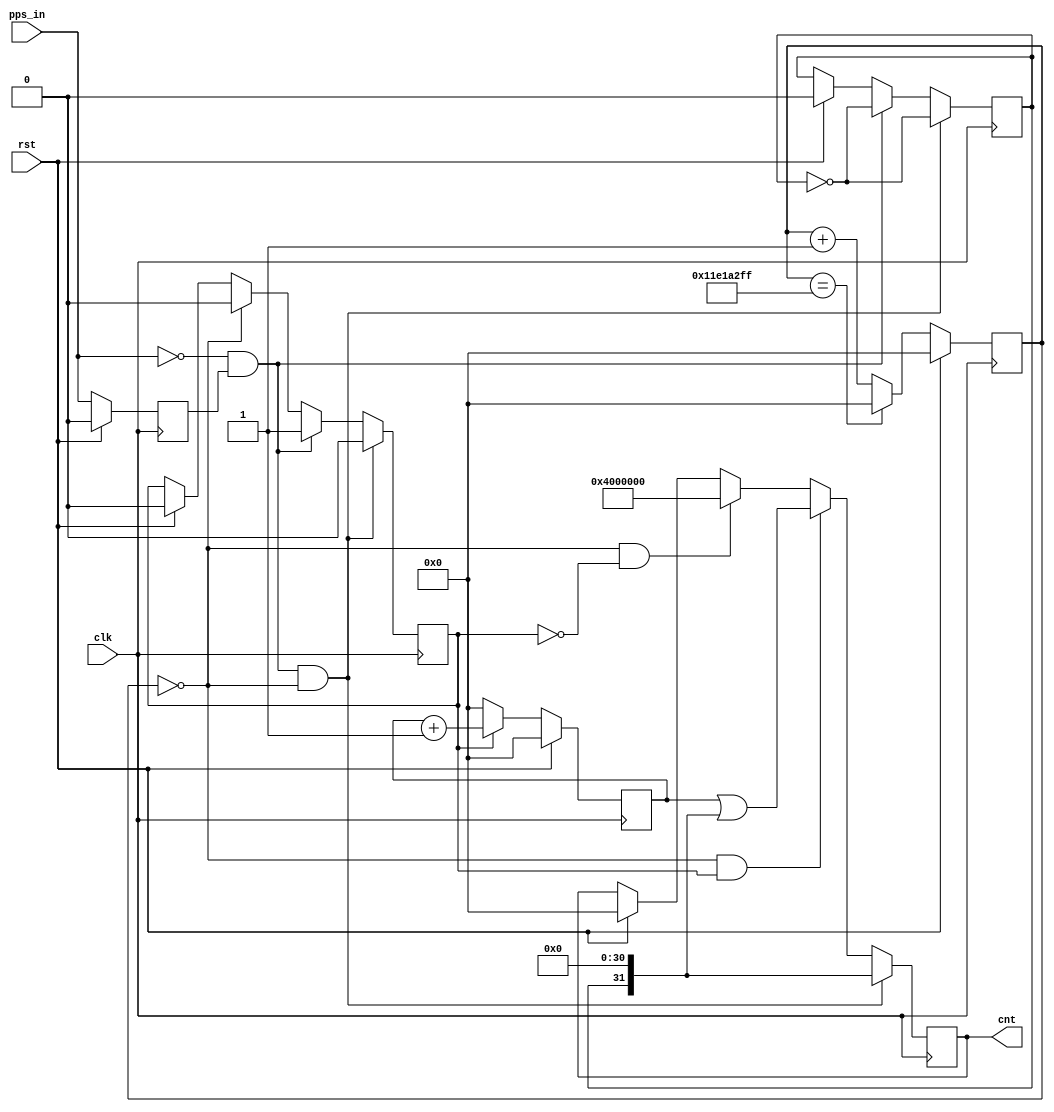
module PPS_DETECT(
	input clk,
	input rst,
	input pps_in,
	output reg[31:0]cnt
    );
reg pps_in_reg;
//PPSźӳһclk
always @(posedge clk)
	begin
		if(rst)
			pps_in_reg<=0;
		else
			pps_in_reg<=pps_in;
	end
//PPS
reg cnt_en;
reg flag;
always @(posedge clk)
	begin
		if(rst)
			begin
				cnt_en<=0;
				flag<=0;
			end
			if((pps_in==0)&&(pps_in_reg==1)&&(time_cnt==0))//PPSFPGAڲͬʱ
			begin
				cnt_en<=0;
				flag<=~flag;
			end
		else if((pps_in==0)&&(pps_in_reg==1))
			begin
				cnt_en<=1;
				flag<=~flag;
			end
		else if(time_cnt==0)
			cnt_en<=0;
	end
//ʼ
reg [31:0]time_cnt;
always @(posedge clk)
	begin
		if(rst)
			time_cnt<=0;
		else if(time_cnt==299999999)
			time_cnt<=0;
		else 
			time_cnt<=time_cnt+1;
	end
//
reg [31:0]cnt_reg;
always @(posedge clk)
	begin
		if(rst)
			cnt_reg<=0;
		else if(cnt_en)
			cnt_reg<=cnt_reg+1;
		else
			cnt_reg<=0;
	end
//ֵֵ
//reg cnt_en_reg;
//always @(posedge clk)
//	begin
//		if(rst)
//			cnt_en_reg<=0;
//		else
//			cnt_en_reg<=cnt_en;
//	end

always @(posedge clk)
	begin
		if(rst)
			cnt<=0;
		if((pps_in==0)&&(pps_in_reg==1)&&(time_cnt==0))//PPSFPGAڲͬʱ
			cnt<=(flag<<31);
		else if((time_cnt==0)&&(cnt_en==1))//PPSFPGAڲ岻ͬʱǴPPSش˼
			cnt<=cnt_reg|(flag<<31);
		else if((time_cnt==0)&&(cnt_en==0))//PPS岻ڣֻFPGAڲ
			cnt<=32'h04000000;
	end
endmodule